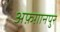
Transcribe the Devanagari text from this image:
अफ़ग़ानपुर